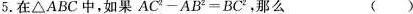
5.在△ABC中，如果$$A C ^ { 2 } - A B = B C ^{ 2 }$$，那么 ()